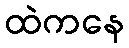
ထဲကနေ